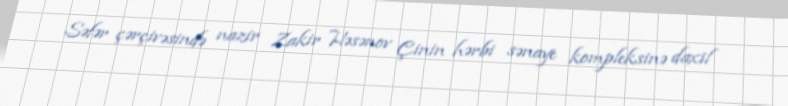
Səfər çərçivəsində nazir Zakir Həsənov Çinin hərbi sənaye kompleksinə daxil